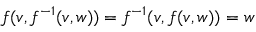
f ( v , f ^ { - 1 } ( v , w ) ) = f ^ { - 1 } ( v , f ( v , w ) ) = w